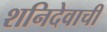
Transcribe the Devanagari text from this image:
शनिदेवाची